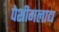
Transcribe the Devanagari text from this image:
पेशीगलाद्य